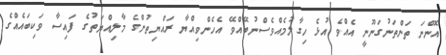
އޮންނަ ތަންތަނުގަނޫނީ އެއްވެ އުޅެ ހިގާލުމެއްވެސްނުބޭއްވޭ އެހެންވިއްޔާ ރައްޔިތުންގެ މާލިއްޔަތުގެ ފައިސާ ވަކިބައެއްގެ